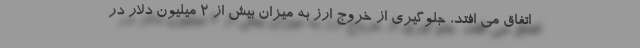
اتفاق می افتد، جلوگیری از خروج ارز به میزان بیش از 2 میلیون دلار در